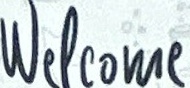
Welcom